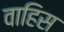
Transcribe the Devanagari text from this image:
वाहिस